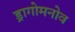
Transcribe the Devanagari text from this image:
ड्रागोमनोव